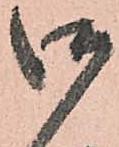
御